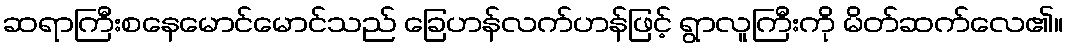
ဆရာကြီးစနေမောင်မောင်သည် ခြေဟန်လက်ဟန်ဖြင့် ရွာလူကြီးကို မိတ်ဆက်လေ၏။